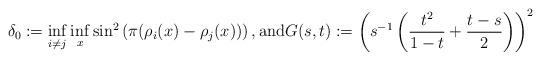
LaTeX: \begin{align*}\delta _0 := \inf _{i \neq j} \inf _x \sin ^2 \left( \pi ( \rho _i (x) - \rho _j (x) ) \right) , \mbox{and} G ( s , t ) := \left( s ^{-1} \left( \frac{t ^2}{1 - t} + \frac{t -s}{2}\right) \right) ^2\end{align*}